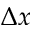
\Delta x